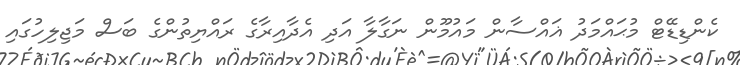
ކެންޑިޑޭޓް މުޙައްމަދު ޣައްސާން މައުމޫން ނަގާލާ އަދި އެދާއިރާގެ ރައްޔިތުންގެ ބަސް މަޖިލިހުގައި